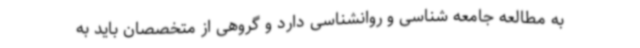
به مطالعه جامعه شناسی و روانشناسی دارد و گروهی از متخصصان باید به